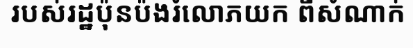
របស់រដ្ឋប៉ុនប៉ងរំលោភយក ពីសំណាក់